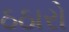
ઠઠારો